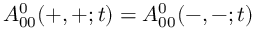
A _ { 0 0 } ^ { 0 } ( + , + ; t ) = A _ { 0 0 } ^ { 0 } ( - , - ; t )